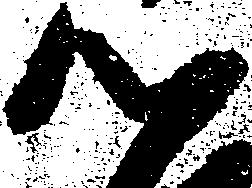
以